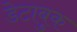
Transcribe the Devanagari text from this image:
डेटाबुक